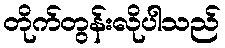
တိုက်တွန်းလိုပါသည်